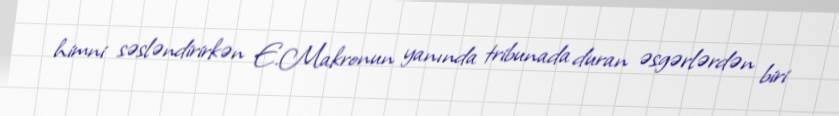
himni səsləndirirkən E.Makronun yanında tribunada duran əsgərlərdən biri